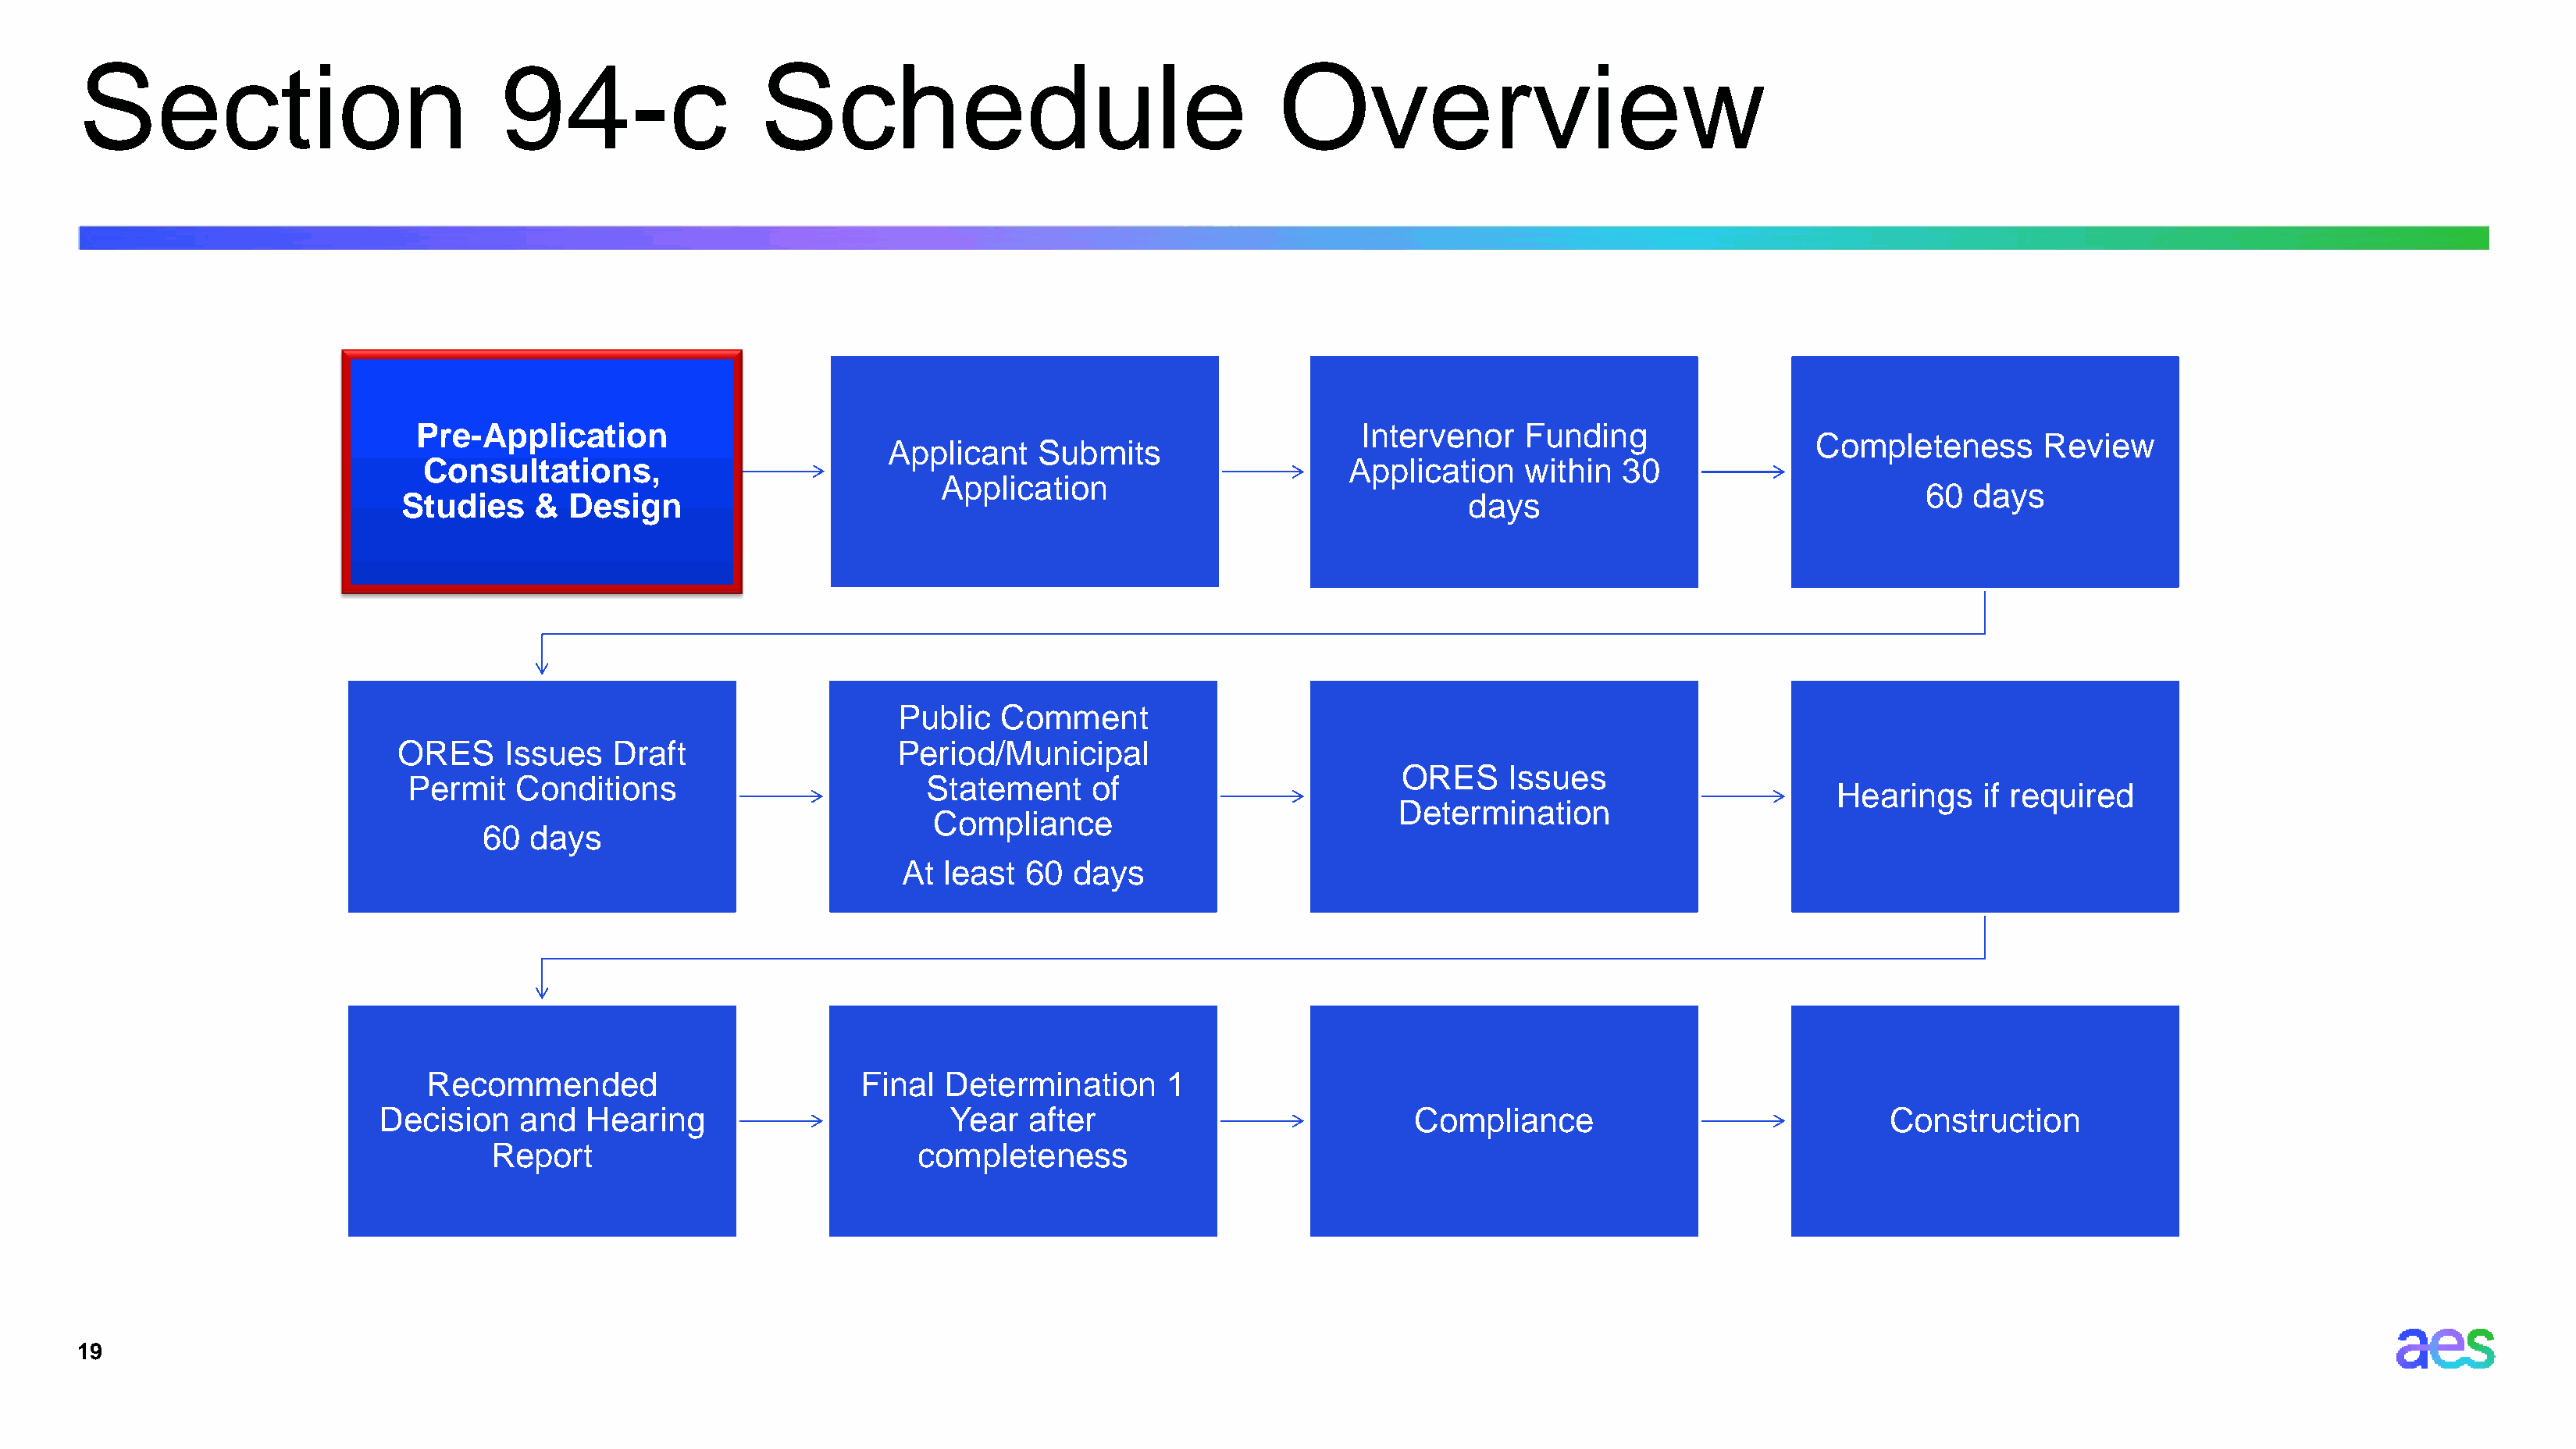
Section                            94-c                  Schedule                                    Overview
 Pre-Application                                                                 Intervenor    Funding
 Completeness       Review
 Applicant    Submits
 Consultations,                                                                Application    within  30
 Application
 60  days
 Studies    &  Design                                                                      days
 Public   Comment
 ORES     Issues   Draft                   Period/Municipal
 ORES     Issues
 Permit   Conditions                         Statement     of
 Hearings    if required
 Determination
 Compliance
 60  days
 At  least  60  days
 Recommended                          Final  Determination      1
 Decision    and   Hearing                       Year   after                            Compliance                              Construction
 Report                              completeness
 19